Lock hospitals Punjab
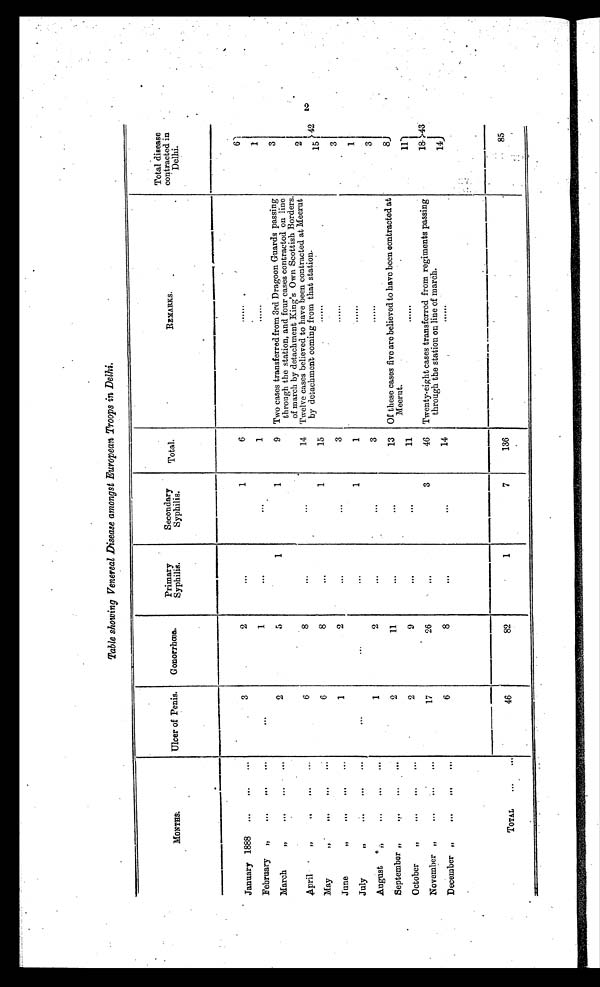
Table showing Venereal Disease amongst European Troops in Delhi.
M O N T H S .
Ulcer of Penis.
Gonorrhœa.
Primary
Syphilis.
Secondary
Syphilis.
Total.
REMARKS.
Total disease
contracted in
Delhi.
January 1888
. . .
. . .
...
3
2
...
1
6
. . . . . .
6
42
February
„
. . .
. . .
. . .
. . .
1
. . .
. . .
1
......
1
March
„ .
. . .
...
. . .
2
5
1
1
9 Two cases transferred from 3rd Dragoon Guards passing
through the station, and four cases contracted on line
of march by detachment King's Own Scottish Borders.
Twelve cases believed to have been contracted at Meerut
by detachment coming from that station.
. . . . . . .
3
April
„
. . .
. . .
. . .
6
8
. . .
. . .
14
2
15
May
„
. . .
. . .
. . .
6
8
...
1
15
3
June
„
. . .
...
...
1
2
...
...
3
......
July
„
. . .
. . .
...
...
...
...
1
1
......
1
August
„
...
. . .
. . .
1
2
...
. . .
3
......
3
September „
. . .
. . .
. . .
2
11
...
. . .
13
Of these cases five are believed to have been contracted at
Meerut.
......
8
O ctober
„
...
. . .
...
2
9
. . .
. . .
11
11
43
November „
...
...
. . .
17
26
. . .
3
46
Twenty-eight cases transferred from regiments passing
through the station on line of mareh.
......
18
14
December „
. . .
. . .
. . .
6
8
. . .
...
14
TOTAL
...
. . .
46
82
1
7
136
85